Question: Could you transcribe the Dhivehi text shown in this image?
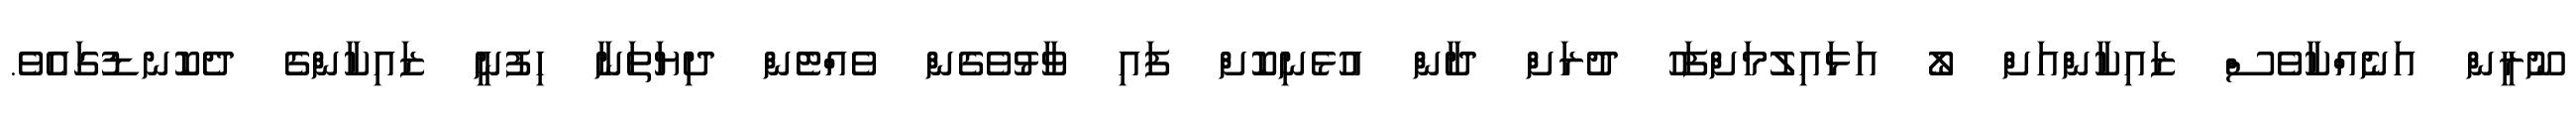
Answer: ނޫރީން އަނެއްކާވެސް ޒައިކާންއަށް ލޯ އަޅައިލުމަށްފަހު ދުރަށް ދާން އުޅެނިކޮށް ފައި ވާޅުވެގެން ވެއްޓެން ދިޔަތަނާ ހިފުނީ ޒައިކާންގެ ދެކޮނޑުގައެވެ.